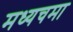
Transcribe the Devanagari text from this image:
मध्यचमा